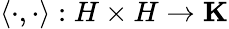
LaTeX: \langle\cdot,\cdot\rangle:H\times H\to\mathbf{K}